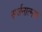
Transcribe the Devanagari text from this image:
सर्जनात्‍मक